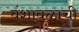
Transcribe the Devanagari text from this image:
वंशावळाची